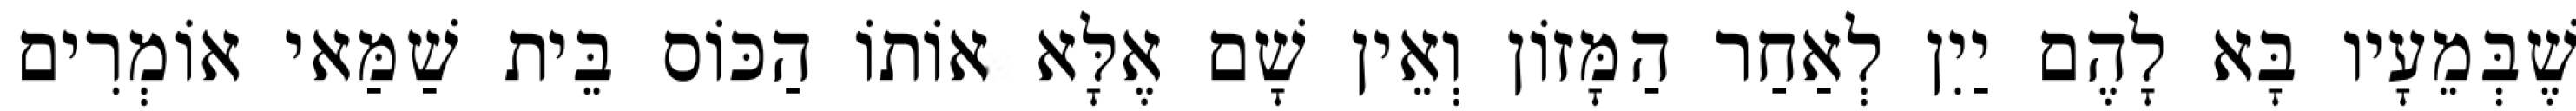
שֶׁבְּמֵעָיו בָּא לָהֶם יַיִן לְאַחַר הַמָּזוֹן וְאֵין שָׁם אֶלָּא אוֹתוֹ הַכּוֹס בֵּית שַׁמַּאי אוֹמְרִים